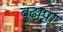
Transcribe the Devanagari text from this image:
बुढा़पा